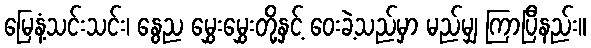
မြေနံ့သင်းသင်း၊ နွေည မွှေးမွှေးတို့နှင့် ဝေးခဲ့သည်မှာ မည်မျှ ကြာပြီနည်း။